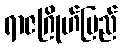
ရာဇဂြိုဟ်ပြည်